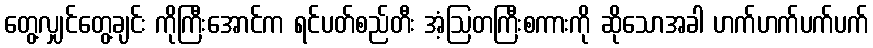
တွေ့လျှင်တွေ့ချင်း ကိုကြီးအောင်က ရင်ပတ်စည်တီး အံ့ဩတကြီးစကားကို ဆိုသောအခါ ဟက်ဟက်ပက်ပက်